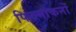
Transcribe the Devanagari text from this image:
फिल्मांकनों